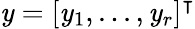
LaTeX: \mathit{y}=[\mathit{y}_{1},...,\mathit{y}_{r}]^{\intercal}